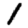
Digit: 1